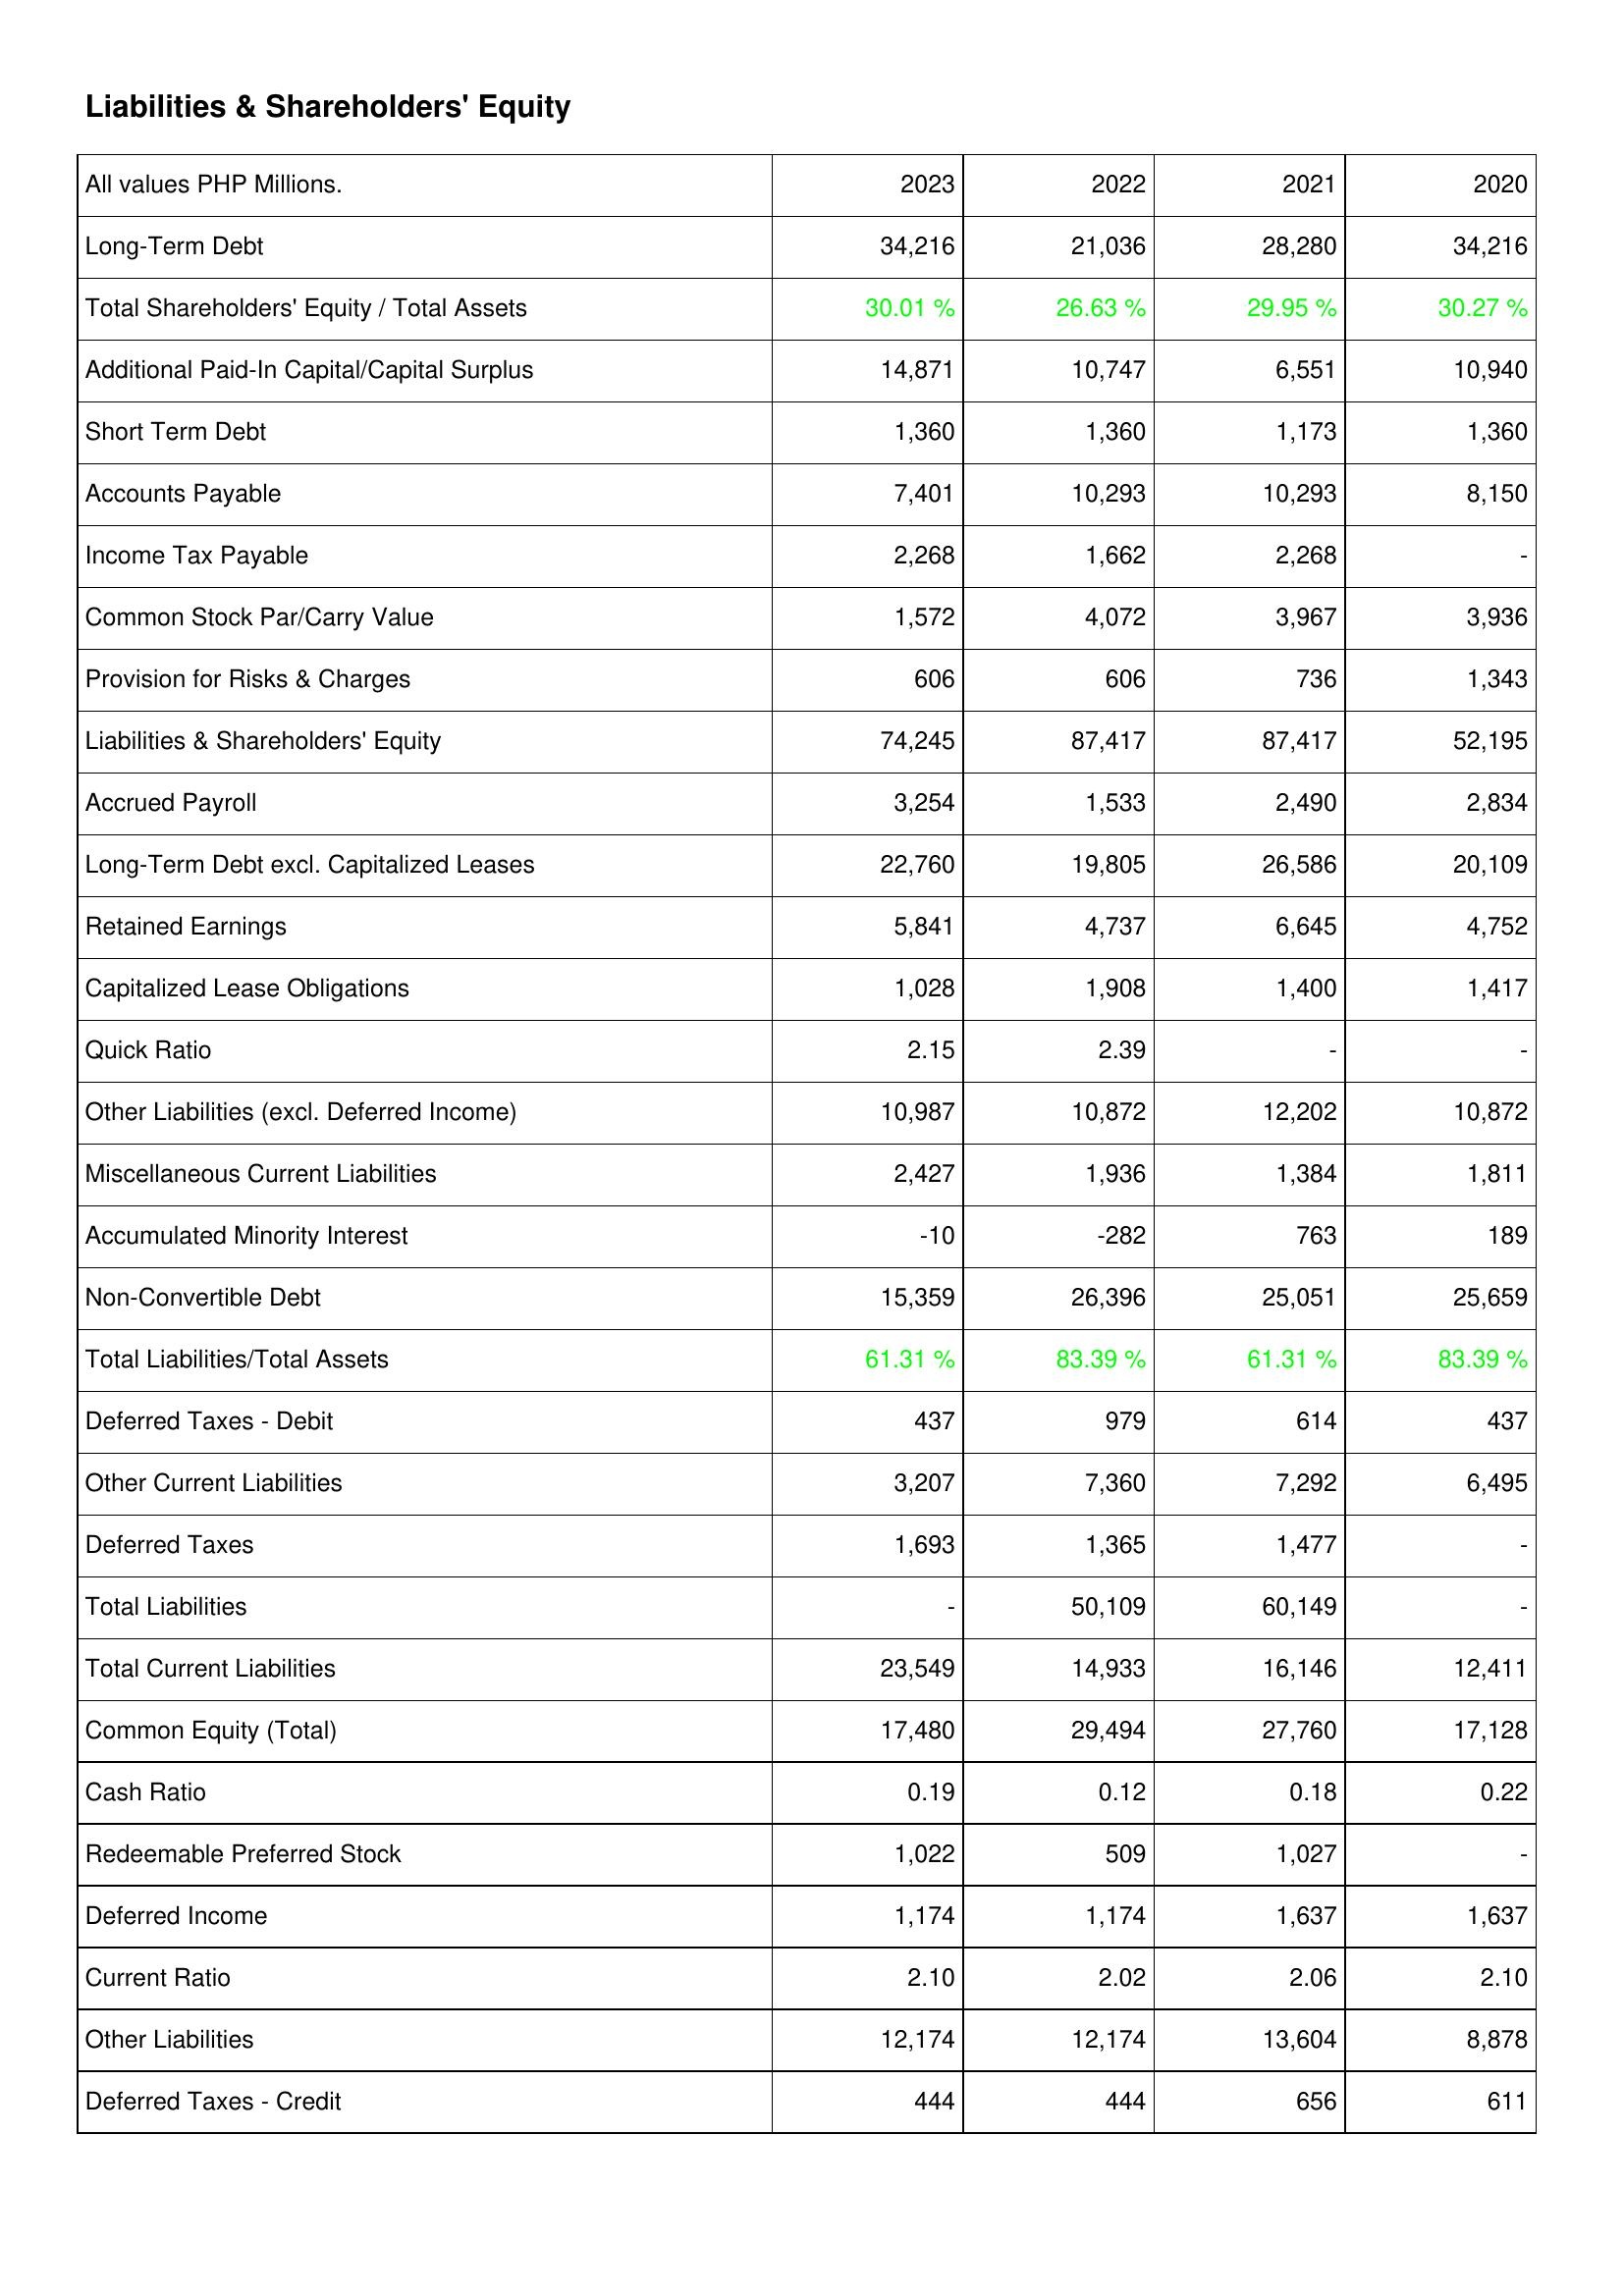
2023: Liabilities & Shareholders' Equity: Long-Term Debt: 34,216
Total Shareholders' Equity / Total Assets: 30.01 %
Additional Paid-In Capital/Capital Surplus: 14,871
Short Term Debt: 1,360
Accounts Payable: 7,401
Income Tax Payable: 2,268
Common Stock Par/Carry Value: 1,572
Provision for Risks & Charges: 606
Liabilities & Shareholders' Equity: 74,245
Accrued Payroll: 3,254
Long-Term Debt excl. Capitalized Leases: 22,760
Retained Earnings: 5,841
Capitalized Lease Obligations: 1,028
Quick Ratio: 2.15
Other Liabilities (excl. Deferred Income): 10,987
Miscellaneous Current Liabilities: 2,427
Accumulated Minority Interest: -10
Non-Convertible Debt: 15,359
Total Liabilities/Total Assets: 61.31 %
Deferred Taxes - Debit: 437
Other Current Liabilities: 3,207
Deferred Taxes: 1,693
Total Liabilities: -
Total Current Liabilities: 23,549
Common Equity (Total): 17,480
Cash Ratio: 0.19
Redeemable Preferred Stock: 1,022
Deferred Income: 1,174
Current Ratio: 2.10
Other Liabilities: 12,174
Deferred Taxes - Credit: 444
2022: Liabilities & Shareholders' Equity: Long-Term Debt: 21,036
Total Shareholders' Equity / Total Assets: 26.63 %
Additional Paid-In Capital/Capital Surplus: 10,747
Short Term Debt: 1,360
Accounts Payable: 10,293
Income Tax Payable: 1,662
Common Stock Par/Carry Value: 4,072
Provision for Risks & Charges: 606
Liabilities & Shareholders' Equity: 87,417
Accrued Payroll: 1,533
Long-Term Debt excl. Capitalized Leases: 19,805
Retained Earnings: 4,737
Capitalized Lease Obligations: 1,908
Quick Ratio: 2.39
Other Liabilities (excl. Deferred Income): 10,872
Miscellaneous Current Liabilities: 1,936
Accumulated Minority Interest: -282
Non-Convertible Debt: 26,396
Total Liabilities/Total Assets: 83.39 %
Deferred Taxes - Debit: 979
Other Current Liabilities: 7,360
Deferred Taxes: 1,365
Total Liabilities: 50,109
Total Current Liabilities: 14,933
Common Equity (Total): 29,494
Cash Ratio: 0.12
Redeemable Preferred Stock: 509
Deferred Income: 1,174
Current Ratio: 2.02
Other Liabilities: 12,174
Deferred Taxes - Credit: 444
2021: Liabilities & Shareholders' Equity: Long-Term Debt: 28,280
Total Shareholders' Equity / Total Assets: 29.95 %
Additional Paid-In Capital/Capital Surplus: 6,551
Short Term Debt: 1,173
Accounts Payable: 10,293
Income Tax Payable: 2,268
Common Stock Par/Carry Value: 3,967
Provision for Risks & Charges: 736
Liabilities & Shareholders' Equity: 87,417
Accrued Payroll: 2,490
Long-Term Debt excl. Capitalized Leases: 26,586
Retained Earnings: 6,645
Capitalized Lease Obligations: 1,400
Quick Ratio: -
Other Liabilities (excl. Deferred Income): 12,202
Miscellaneous Current Liabilities: 1,384
Accumulated Minority Interest: 763
Non-Convertible Debt: 25,051
Total Liabilities/Total Assets: 61.31 %
Deferred Taxes - Debit: 614
Other Current Liabilities: 7,292
Deferred Taxes: 1,477
Total Liabilities: 60,149
Total Current Liabilities: 16,146
Common Equity (Total): 27,760
Cash Ratio: 0.18
Redeemable Preferred Stock: 1,027
Deferred Income: 1,637
Current Ratio: 2.06
Other Liabilities: 13,604
Deferred Taxes - Credit: 656
2020: Liabilities & Shareholders' Equity: Long-Term Debt: 34,216
Total Shareholders' Equity / Total Assets: 30.27 %
Additional Paid-In Capital/Capital Surplus: 10,940
Short Term Debt: 1,360
Accounts Payable: 8,150
Income Tax Payable: -
Common Stock Par/Carry Value: 3,936
Provision for Risks & Charges: 1,343
Liabilities & Shareholders' Equity: 52,195
Accrued Payroll: 2,834
Long-Term Debt excl. Capitalized Leases: 20,109
Retained Earnings: 4,752
Capitalized Lease Obligations: 1,417
Quick Ratio: -
Other Liabilities (excl. Deferred Income): 10,872
Miscellaneous Current Liabilities: 1,811
Accumulated Minority Interest: 189
Non-Convertible Debt: 25,659
Total Liabilities/Total Assets: 83.39 %
Deferred Taxes - Debit: 437
Other Current Liabilities: 6,495
Deferred Taxes: -
Total Liabilities: -
Total Current Liabilities: 12,411
Common Equity (Total): 17,128
Cash Ratio: 0.22
Redeemable Preferred Stock: -
Deferred Income: 1,637
Current Ratio: 2.10
Other Liabilities: 8,878
Deferred Taxes - Credit: 611